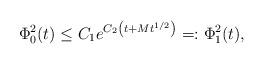
LaTeX: \begin{align*}\Phi_{0}^{2}(t)\leq C_{1}e^{C_{2}\left(t+Mt^{1/2}\right)}=:\Phi_{1}^{2}(t),\end{align*}